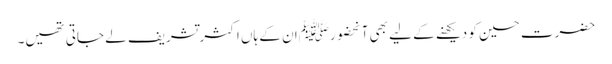
حضرت حسین کو دیکھنے کے لیے بھی آنحضورﷺان کے ہاں اکثرتشریف لے جاتی تھیں۔